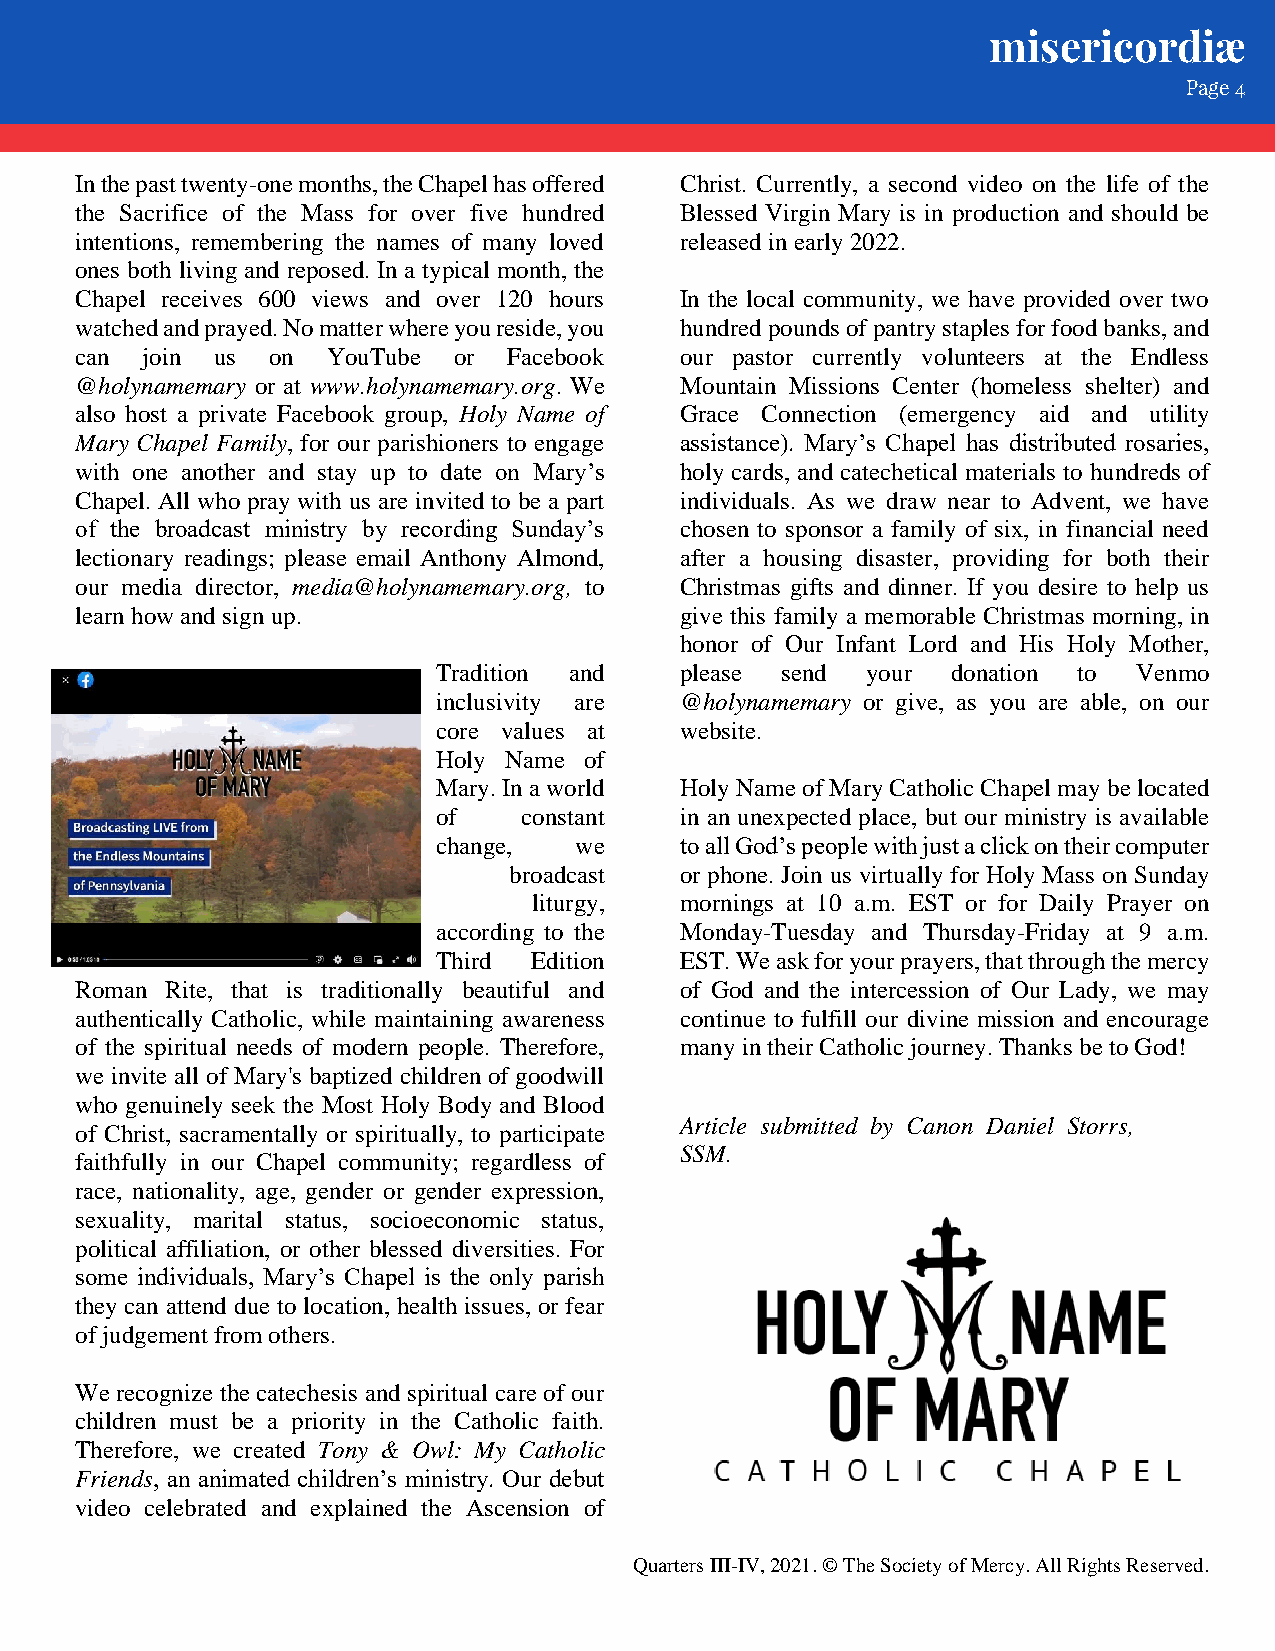
misericordiæ
 Pag e 4
 In the past twenty-one months, the Chapel has offered Christ. Currently, a second video on the life of the
 the Sacrifice of the Mass for over five hundred Blessed Virgin Mary is in production and should be
 intentions, remembering the names of many loved released in early 2022.
 ones both living and reposed. In a typical month, the
 Chapel receives 600 views and over 120 hours In the local community, we have provided over two
 watched and prayed. No matter where you reside, you hundred pounds of pantry staples for food banks, and
 can join us  on  YouTube or  Facebook   our pastor currently volunteers at the Endless
 @holynamemary or at www.holynamemary.org. We Mountain Missions Center (homeless shelter) and
 also host a private Facebook group, Holy Name of Grace Connection (emergency aid and utility
 Mary Chapel Family, for our parishioners to engage assistance). Mary’s Chapel has distributed rosaries,
 with one another and stay up to date on Mary’s holy cards, and catechetical materials to hundreds of
 Chapel. All who pray with us are invited to be a part individuals. As we draw near to Advent, we have
 of the broadcast ministry by recording Sunday’s chosen to sponsor a family of six, in financial need
 lectionary readings; please email Anthony Almond, after a housing disaster, providing for both their
 our media director, media@holynamemary.org, to Christmas gifts and dinner. If you desire to help us
 learn how and sign up.                  give this family a memorable Christmas morning, in
 honor of Our Infant Lord and His Holy Mother,
 Tradition and   please send your  donation to Venmo
 inclusivity are @holynamemary or give, as you are able, on our
 core values at  website.
 Holy Name of
 Mary. In a world Holy Name of Mary Catholic Chapel may be located
 of    constant  in an unexpected place, but our ministry is available
 change,  we     to all God’s people with just a click on their computer
 broadcast  or phone. Join us virtually for Holy Mass on Sunday
 liturgy,  mornings at 10 a.m. EST or for Daily Prayer on
 according to the Monday-Tuesday and Thursday-Friday at 9 a.m.
 Third Edition   EST. We ask for your prayers, that through the mercy
 Roman Rite, that is traditionally beautiful and of God and the intercession of Our Lady, we may
 authentically Catholic, while maintaining awareness continue to fulfill our divine mission and encourage
 of the spiritual needs of modern people. Therefore, many in their Catholic journey. Thanks be to God!
 we invite all of Mary's baptized children of goodwill
 who genuinely seek the Most Holy Body and Blood
 Article submitted by Canon Daniel Storrs,
 of Christ, sacramentally or spiritually, to participate
 SSM.
 faithfully in our Chapel community; regardless of
 race, nationality, age, gender or gender expression,
 sexuality, marital status, socioeconomic status,
 political affiliation, or other blessed diversities. For
 some individuals, Mary’s Chapel is the only parish
 they can attend due to location, health issues, or fear
 of judgement from others.
 We recognize the catechesis and spiritual care of our
 children must be a priority in the Catholic faith.
 Therefore, we created Tony & Owl: My Catholic
 Friends, an animated children’s ministry. Our debut
 video celebrated and explained the Ascension of
 Quarters III-IV, 2021. © The Society of Mercy. All Rights Reserved.